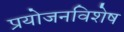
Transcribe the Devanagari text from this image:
प्रयोजनविशेष